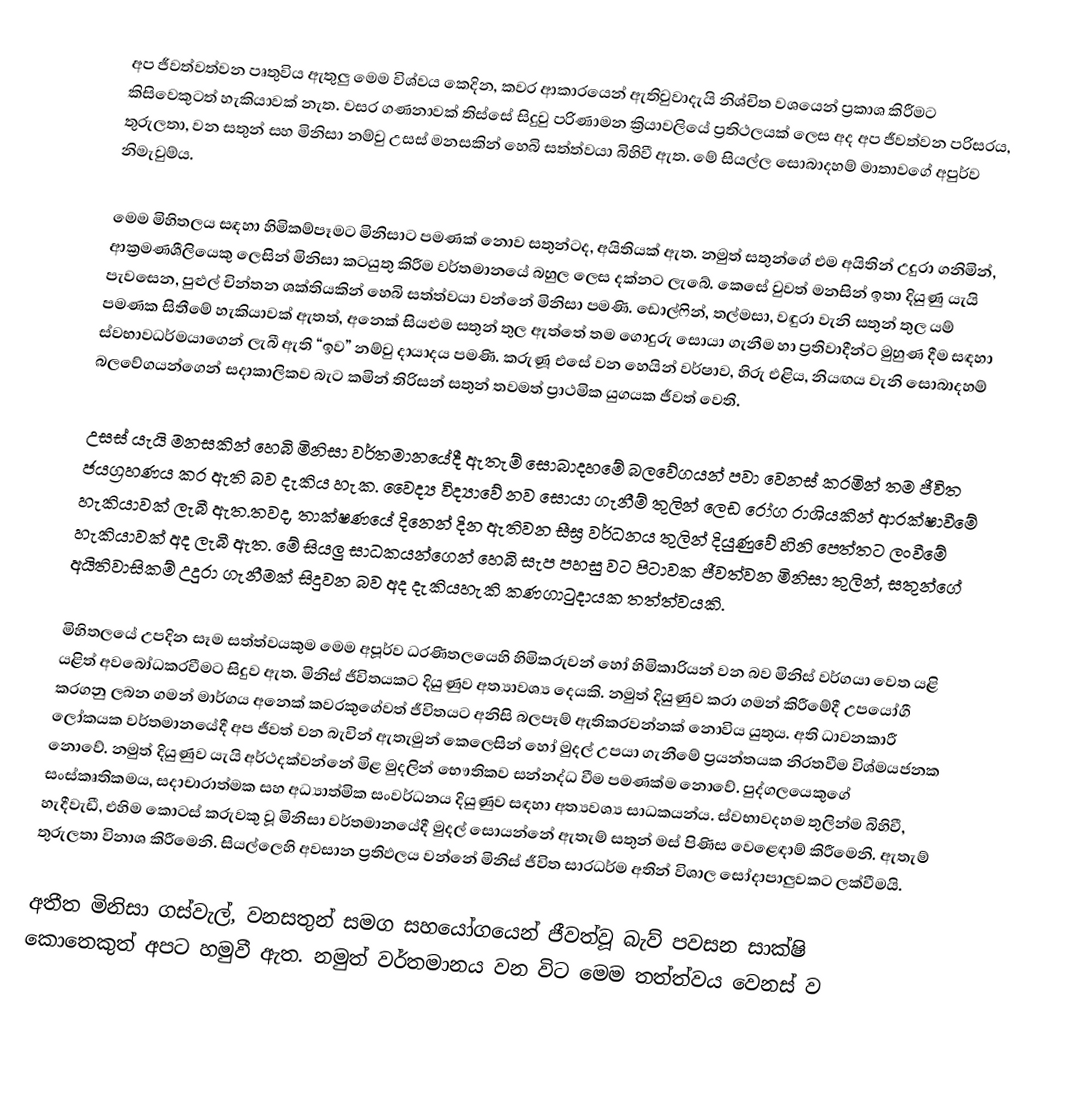
අප ජීවත්වත්වන පෘතුවිය ඇතුලු මෙම විශ්වය කෙදින, කවර ආකාරයෙන් ඇතිවුවාදැයි නිශ්චිත වශයෙන් ප්‍රකාශ කිරීමට කිසිවෙකුටත් හැකියාවක් නැත. වසර ගණනාවක් තිස්සේ සිදුවු පරිණාමන ක්‍රියාවලියේ ප්‍රතිථලයක් ලෙස අද අප ජීවත්වන පරිසරය, තුරුලතා, වන සතුන් සහ මිනිසා නම්වු උසස් මනසකින් හෙබි සත්ත්වයා බිහිවී ඇත. මේ සියල්ල සොබාදහම් මාතාවගේ අපුර්ව නිමැවුම්ය.

මෙම මිහිතලය සඳහා හිමිකම්පෑමට මිනිසාට පමණක් නොව සතුන්ටද, අයිතියක් ඇත. නමුත් සතුන්ගේ එම අයිතින් උදුරා ගනිමින්, ආක්‍රමණශීලියෙකු ලෙසින් මිනිසා කටයුතු කිරීම වර්තමානයේ බහුල ලෙස දක්නට ලැබේ. කෙසේ වුවත් මනසින් ඉතා දියුණු යැයි පැවසෙන, පුළුල් චින්තන ශක්තියකින් හෙබි සත්ත්වයා වන්නේ මිනිසා පමණි. ඩොල්ෆින්, තල්මසා, වඳුරා වැනි සතුන් තුල යම් පමණක සිතීමේ හැකියාවක් ඇතත්, අනෙක් සියළුම සතුන් තුල ඇත්තේ තම ගොදුරු සොයා ගැනීම හා ප්‍රතිවාදීන්ට මුහුණ දීම සඳහා ස්වභාවධර්මයාගෙන් ලැබී  ඇති “ඉව” නම්වු  දායාදය පමණි. කරුණූ එසේ වන හෙයින් වර්ෂාව, හිරු එළිය, නියඟය වැනි සොබාදහම් බලවේගයන්ගෙන් සදාකාලිකව බැට කමින් තිරිසන් සතුන් තවමත් ප්‍රාථමික යුගයක ජීවත් වෙති.

උසස් යැයි මනසකින් හෙබි මිනිසා වර්තමානයේදී ඇතැම් සොබාදහමේ බලවේගයන් පවා වෙනස් කරමින් තම ජීවිත ජයග්‍රහණය කර ඇති බව දැකිය හැක. වෛද්‍ය විද්‍යාවේ නව සොයා ගැනීම් තුලින් ලෙඩ රෝග රාශියකින් ආරක්ෂාවීමේ හැකියාවක් ලැබී ඇත.තවද, තාක්ෂණයේ දිනෙන් දින ඇතිවන සීඝ්‍ර වර්ධනය තුලින් දියුණුවේ හිනි පෙත්තට ලංවීමේ හැකියාවක් අද ලැබී ඇත. මේ සියලු සාධකයන්ගෙන් හෙබි සැප පහසු වට පිටාවක ජීවත්වන මිනිසා තුලින්, සතුන්ගේ අයිතිවාසිකම් උදුරා ගැනීමක් සිදුවන බව අද දැකියහැකි කණගාටුදායක තත්ත්වයකි.

මිහිතලයේ උපදින සෑම සත්ත්වයකුම මෙම අපූර්ව ධරණිතලයෙහි හිමිකරුවන් හෝ හිමිකාරියන් වන බව මිනිස් වර්ගයා වෙත යළි යළිත් අවබෝධකරවීමට සිදුව ඇත. මිනිස් ජීවිතයකට දියුණුව අත්‍යාවශ්‍ය දෙයකි. නමුත් දියුණුව කරා ගමන් කිරීමේදී උපයෝගී කරගනු ලබන ගමන් මාර්ගය අනෙක් කවරකුගේවත් ජීවිතය‍ට අනිසි බලපෑම් ඇතිකරවන්නක් නොවිය යුතුය. අති ධාවනකාරී ලෝකයක වර්තමානයේදී අප ජීවත් වන බැවින් ඇතැමුන් කෙලෙසින් හෝ මුදල් උපයා ගැනීමේ ප්‍රයන්තයක නිරතවීම විශ්මයජනක නොවේ. නමුත් දියුණු‍ව යැයි අර්ථදක්වන්නේ මිළ මුදලින් භෞතිකව සන්නද්ධ වීම පමණක්ම නොවේ. පුද්ගලයෙකුගේ සංස්කෘතිකමය, සදාචාරාත්මක සහ අධ්‍යාත්මික සංවර්ධනය දියුණුව සඳහා අත්‍යවශ්‍ය සාධකයන්ය. ස්වභාවදහම තුලින්ම බිහිවී, හැදීවැඩී, එහිම කොටස් කරුවකු වූ මිනිසා වර්තමානයේදී මුදල් සොයන්නේ ඇතැම් සතුන් මස් පිණිස වෙළෙඳාම් කිරීමෙනි. ඇතැම් තුරුලතා විනාශ කිරීමෙනි. සියල්ලෙහි අවසාන ප්‍රතිඵලය වන්නේ මිනිස් ජීවිත සාරධර්ම අතින් විශාල සෝදාපාලුවකට ලක්වීමයි.

අතීත මිනිසා ගස්වැල්, වනසතුන් සමග සහයෝගයෙන් ජීවත්වූ බැව් පවසන සාක්ෂි කො‍තෙකුත් අපට හමුවී ඇත. නමුත් වර්තමානය වන විට මෙම තත්ත්වය වෙනස් ව